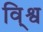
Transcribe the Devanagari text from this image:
वि्श्व